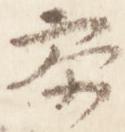
参